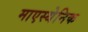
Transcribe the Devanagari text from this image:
माएस्थेनिक